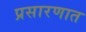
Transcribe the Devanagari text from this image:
प्रसारणात